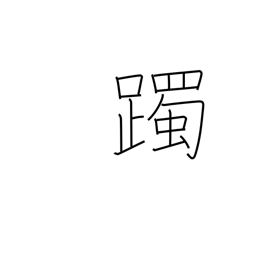
Meaning: tap with the feet